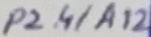
Text: P2.4/A12